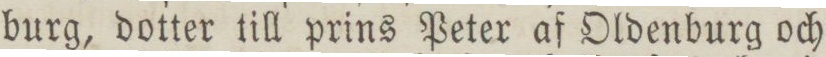
burg, dotter till prins Peter af Oldenburg och